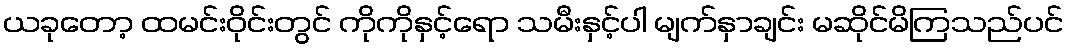
ယခုတော့ ထမင်းဝိုင်းတွင် ကိုကိုနှင့်ရော သမီးနှင့်ပါ မျက်နှာချင်း မဆိုင်မိကြသည်ပင်